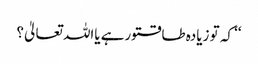
‘‘ کہ تو زیادہ طاقتورہے یااللہ تعالیٰ؟